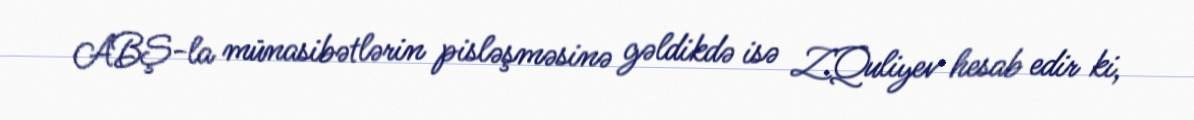
ABŞ-la münasibətlərin pisləşməsinə gəldikdə isə Z.Quliyev hesab edir ki,